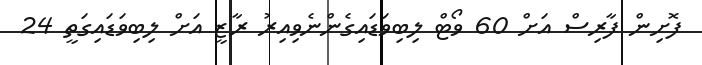
ފޮށިން ފާރިސް އަށް 60 ވޯޓް ލިބިވަޑައިގެންނެވިއިރު ރާޒީ އަށް ލިބިވަޑައިގަތީ 24